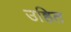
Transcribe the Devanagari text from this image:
उष्ठित